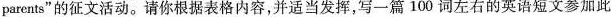
parents”的征文活动。请你根据表格内容，并适当发挥，写一篇100词左右的英语短文参加此